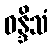
ဝန္ဒိသံ